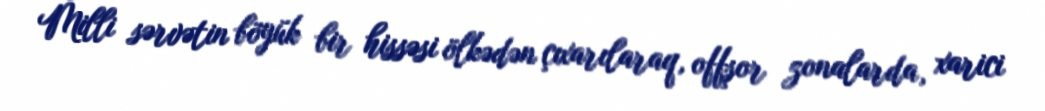
Milli sərvətin böyük bir hissəsi ölkədən çıxarılaraq, offşor zonalarda, xarici